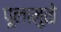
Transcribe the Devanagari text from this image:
पूलामुळे